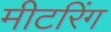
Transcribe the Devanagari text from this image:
मीटरिंग